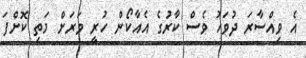
އެ ވިއްސާރަ ދުވަހު ވެސް ކާރުގެ އެއާކޯން ހުރީ ވަރަށް މަތި ކޮށްފަ